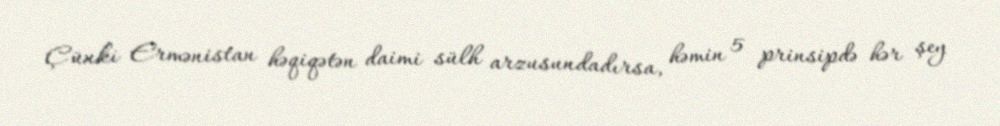
Çünki Ermənistan həqiqətən daimi sülh arzusundadırsa, həmin 5 prinsipdə hər şey